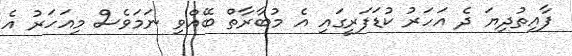
ފާއިތުދިޔަ ދެ އަހަރު ކުޑަފަރީގައި އެ މުބާރާތް ބޭއްވި ނަމަވެސް މިއަހަރު އެ